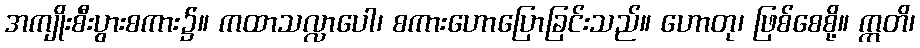
အကျိုးစီးပွားစကား၌။ ကထာသလ္လာပေါ၊ စကားဟောပြောခြင်းသည်။ ဟောတု၊ ဖြစ်စေစို့။ ဣတိ၊